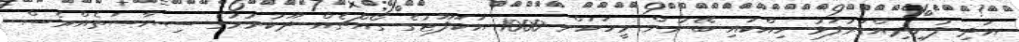
އަދި ފުށިދިއްގަރުފަޅު ހިއްކައި ބޭނުން މީހަކަށް 1000 އަކަފޫޓުގެ ގޯއްޗެއް ދޫކުރުމުގެ ސިޔާސަތެއްވެސް